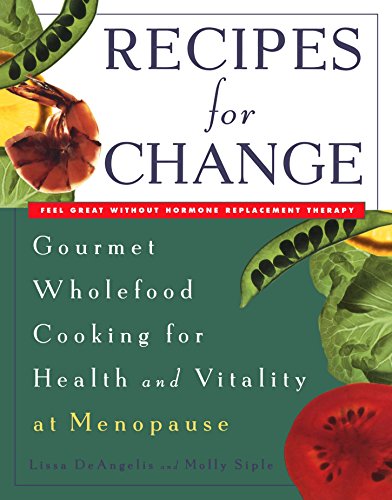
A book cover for Recipes for Change: Gourmet Wholefood Cooking for Health and Vitality at Menopause; Lissa DeAngelis; Health, Fitness & Dieting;